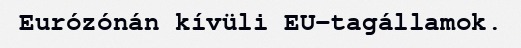
Eurózónán kívüli EU-tagállamok.